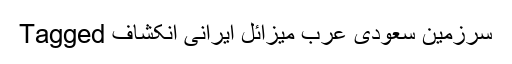
Tagged سرزمین سعودی عرب میزائل ایرانی انکشاف